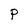
Character: P